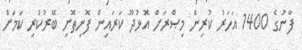
ފާނުގެ 1400 އަހަރު ކުރިން މިޞްރަށް އޮޅުދޫ ކަރައިން ފޮނިތޮށި ބޭރުކުރި ކަމަށް